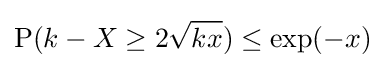
\operatorname {P} (k-X\geq 2{\sqrt {kx}})\leq \exp(-x)